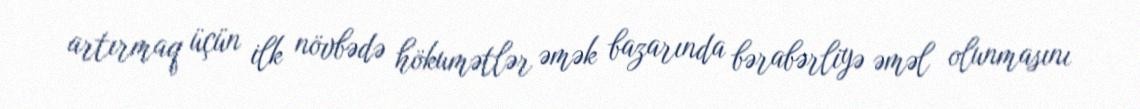
artırmaq üçün ilk növbədə hökumətlər əmək bazarında bərabərliyə əməl olunmasını